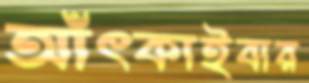
আঁৎকাইবার